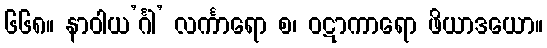
၆၆၈။ နာဝါယ’င်္ဂါ’ လင်္ကာရော စ၊ ဝဋာကာရော ဖိယာဒယော။